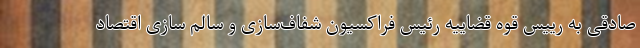
صادقی به رییس قوه قضاییه رئیس فراکسیون شفاف‌سازی و سالم سازی اقتصاد